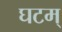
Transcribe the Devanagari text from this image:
घटम्